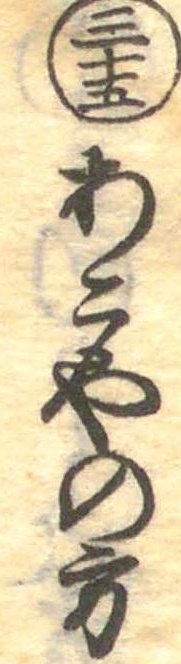
三十五あこやの方